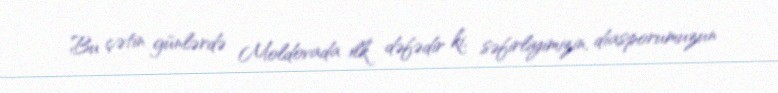
Bu çətin günlərdə Moldovada ilk dəfədir ki, səfirliyimizin, diasporumuzun